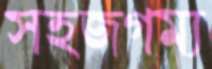
সহজগম্য